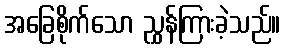
အခြေစိုက်သော ညွှန်ကြားခဲ့သည်။